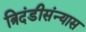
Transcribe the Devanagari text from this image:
त्रिदंडीसंन्यास